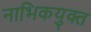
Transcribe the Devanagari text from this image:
नाभिकयुक्त